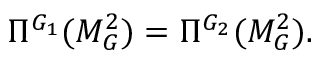
\Pi ^ { G _ { 1 } } ( M _ { G } ^ { 2 } ) = \Pi ^ { G _ { 2 } } ( M _ { G } ^ { 2 } ) .